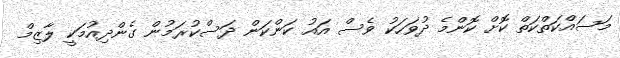
މަސައްކަތްކަތް ކޮށް ކޮންމެ ދުވަހަކު ވެސް އައު ކަންކަން ދަސްކުރަމުން ގެންދިއުމަކީ ލާޒިމް